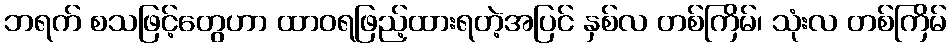
ဘရက် စသဖြင့်တွေဟာ ထာဝရဖြည့်ထားရတဲ့အပြင် နှစ်လ တစ်ကြိမ်၊ သုံးလ တစ်ကြိမ်